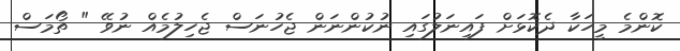
ކޮންމެ މީހަކާ ދެކޮޅަށް ފައިނަލުގައި ނުކުންނަން ޖެހުނަސް ޖެހިލުމެއް ނުވޭ " ތޯމަސް